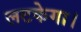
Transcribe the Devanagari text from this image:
लटकेगा।